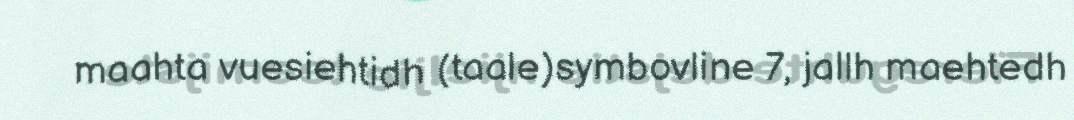
maahta vuesiehtidh (taale)symbovline 7, jallh maehtedh